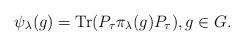
LaTeX: \begin{align*}\psi_\lambda(g)=\textrm{Tr}(P_\tau\pi_\lambda(g)P_\tau),g\in G.\end{align*}